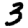
Digit: 3